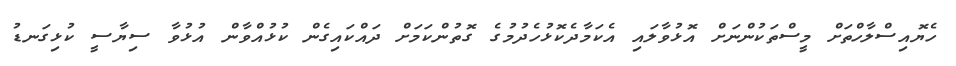
ހެޔޮއިސްލާހްތަށް މީސްތަކުންނަށް އޮޅުވާލައި އެކަމާދެކޮޅުހެދުމުގެ ގޮތުންކަމަށް ދައްކައިގެން ކުޅުއްވާން އުޅުވާ ސިޔާސީ ކުޅިގަނޑު